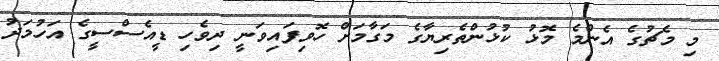
މި މެޗުގެ އެންމެ މޮޅު ކުޅުންތެރިޔާގެ މަގާމަށް ހޮވިފައިވަނީ ދިވެހި ޑީއެސްސީގެ އަހުމަދު